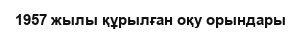
1957 жылы құрылған оқу орындары